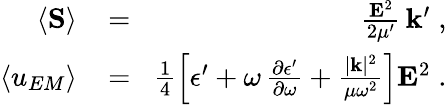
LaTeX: \begin{array}{rlr}{\left\langle{\mathbf{S}}\right\rangle\! }&{{}=}&{\! \frac{{\mathbf{E}}^{2}}{2\mu^{\prime}}\, {\mathbf k}^{\prime}\; ,}\\ {\left\langle u_{EM}\right\rangle\! }&{{}=}&{\! \frac{1}{4}\left[\epsilon^{\prime}+\omega\, \frac{\partial\epsilon^{\prime}}{\partial\omega}+\frac{|{\mathbf{k}}|^{2}}{\mu\omega^{2}}\right]{\mathbf{E}}^{2}\; .}\end{array}